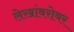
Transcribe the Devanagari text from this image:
लेखांबरोबर